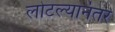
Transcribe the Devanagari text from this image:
लोटल्‍यानंतर